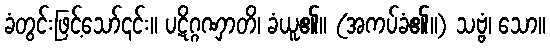
ခံတွင်းဖြင့်သော်၎င်း။ ပဋိဂ္ဂဏှာတိ၊ ခံယူ၏။ (အကပ်ခံ၏။) သဗ္ဗံ၊ သော။